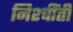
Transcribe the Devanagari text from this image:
निश्चींती